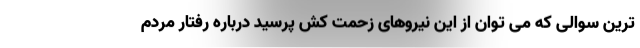
ترین سوالی که می توان از این نیروهای زحمت کش پرسید درباره رفتار مردم